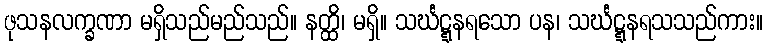
ဖုသနလက္ခဏာ မရှိသည်မည်သည်။ နတ္ထိ၊ မရှိ။ သင်္ဃဋ္ဋနရသော ပန၊ သင်္ဃဋ္ဋနရသသည်ကား။